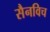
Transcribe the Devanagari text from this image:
सैनविच